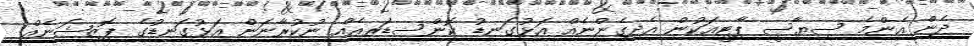
ދެން އެންމެ ސިޔާސީ ޕާޓީއަކުން އެދިގެންނެއް އަޅުގަނޑު ކޮންސިޑަރއެއް ނުކުރާނަން އަޅުގަނޑުގެ ޕޮޒިޝަނެއް